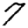
Digit: 7